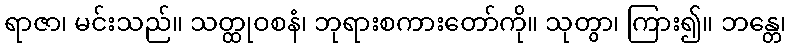
ရာဇာ၊ မင်းသည်။ သတ္ထုဝစနံ၊ ဘုရားစကားတော်ကို။ သုတွာ၊ ကြား၍။ ဘန္တေ၊